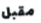
مقبل